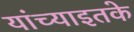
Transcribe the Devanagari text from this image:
यांच्याइतके